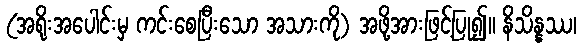
(အရိုးအပေါင်းမှ ကင်းစေပြီးသော အသားကို) အဖို့အားဖြင့်ပြု၍။ နိသိန္နဿ၊